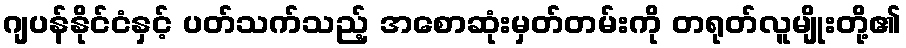
ဂျပန်နိုင်ငံနှင့် ပတ်သက်သည့် အစောဆုံးမှတ်တမ်းကို တရုတ်လူမျိုးတို့၏